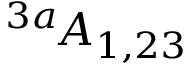
^ { 3 a \! } A _ { 1 , 2 3 }